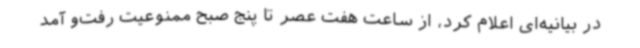
در بیانیه‌ای اعلام کرد، از ساعت هفت عصر تا پنج صبح ممنوعیت رفت‌و آمد